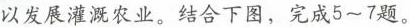
以发展灌溉农业。结合下图，完成5~7题。